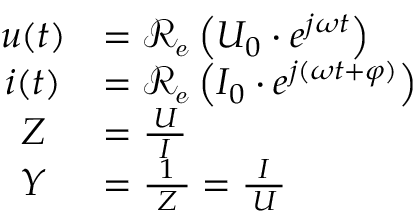
{ \begin{array} { c l } { u ( t ) } & { = \operatorname { \mathcal { R _ { e } } } \left( U _ { 0 } \cdot e ^ { j \omega t } \right) } \\ { i ( t ) } & { = \operatorname { \mathcal { R _ { e } } } \left( I _ { 0 } \cdot e ^ { j ( \omega t + \varphi ) } \right) } \\ { Z } & { = { \frac { U } { \ I \ } } } \\ { Y } & { = { \frac { \ 1 \ } { Z } } = { \frac { \ I \ } { U } } } \end{array} }